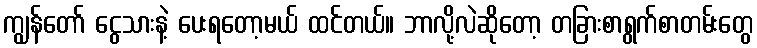
ကျွန်တော် ငွေသားနဲ့ ပေးရတော့မယ် ထင်တယ်။ ဘာလို့လဲဆိုတော့ တခြားစာရွက်စာတမ်းတွေ